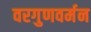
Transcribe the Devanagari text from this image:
वरगुणवर्मन